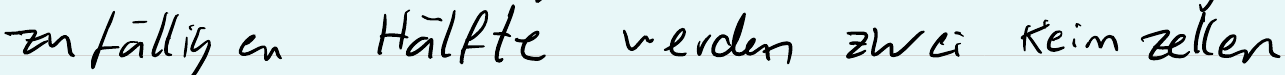
zufälligen Hälfte werden zwei Keimzellen